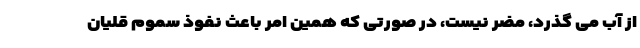
از آب می‌ گذرد، مضر نیست، در صورتی که همین امر باعث نفوذ سموم قلیان